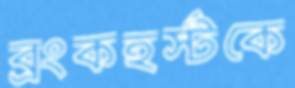
ব্রংকহর্স্টকে